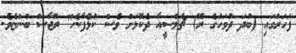
ފަހަރުގައި (ބުދަ ދުވަހުގެ ރޭ) ޗެލްސީއާ ދެކޮޅަށް ވެސް ކުޅެފާނެ" ރޮޖާސް ބުންޏެވެ.